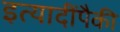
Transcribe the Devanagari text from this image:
इत्यादींपैकी